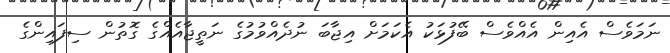
ނަމަވެސް އެއިން އެއްވެސް ބޭފުޅަކު އެކަމަށް އިޖާބަ ނުދެއްވުމުގެ ނަތީޖާއެއްގެ ގޮތުން ސިފައިންގެ